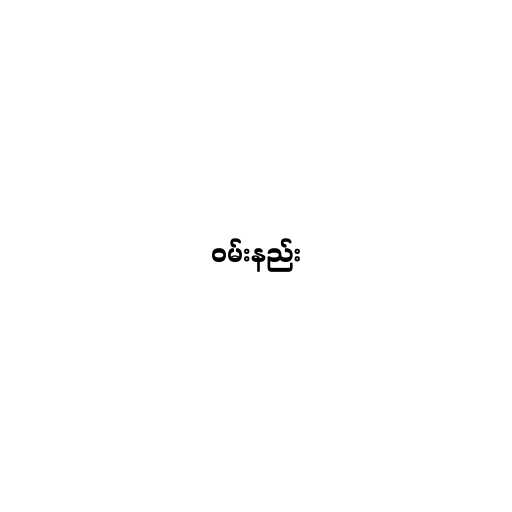
ဝမ်းနည်း